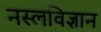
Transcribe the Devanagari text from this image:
नस्लविज्ञान